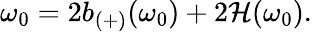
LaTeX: \omega_{0}=2b_{(+)}(\omega_{0})+2\mathcal{H}(\omega_{0}).